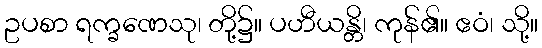
ဥပစာ ရက္ခဏေသု၊ တို့၌။ ပဟီယန္တိ၊ ကုန်၏။ ဧဝံ၊ သို့။